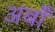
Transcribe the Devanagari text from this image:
अर्बों